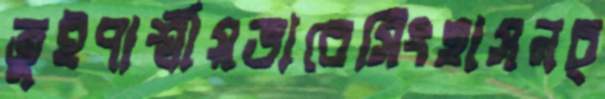
তুইপার্শ্বীয়ভাবেসিংহাসনচ্